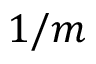
1 / m